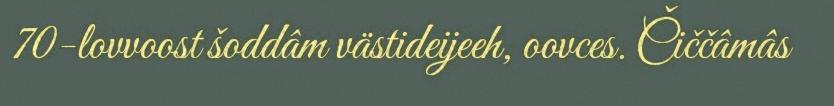
70-lovvoost šoddâm västideijeeh, oovces. Čiččâmâs